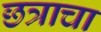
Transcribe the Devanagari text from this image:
छत्राचा